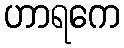
ဟာရကေ